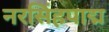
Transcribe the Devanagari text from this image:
नरसिंहपाद्म